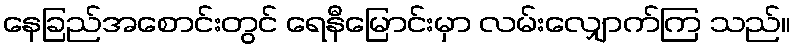
နေခြည်အစောင်းတွင် ရေနီမြောင်းမှာ လမ်းလျှောက်ကြ သည်။